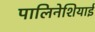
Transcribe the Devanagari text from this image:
पालिनेशियाई